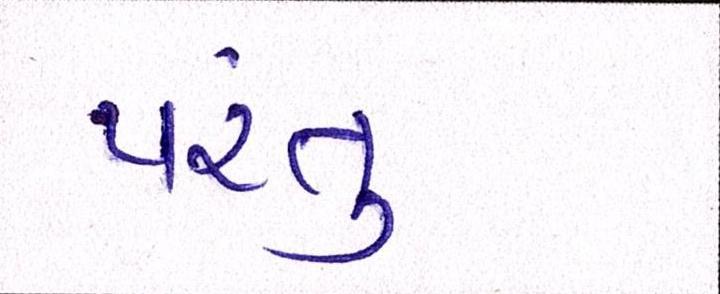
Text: પંરતુ